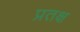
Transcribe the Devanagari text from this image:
प्रतक्ष